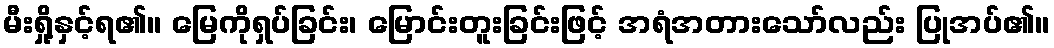
မီးရှို့နှင့်ရ၏။ မြေကိုရှပ်ခြင်း၊ မြောင်းတူးခြင်းဖြင့် အရံအတားသော်လည်း ပြုအပ်၏။